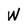
Character: W